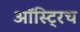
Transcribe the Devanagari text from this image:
ऑस्ट्रिच